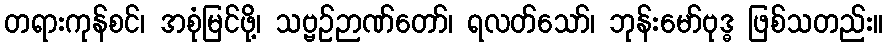
တရားကုန်စင်၊ အစုံမြင်ဖို့၊ သဗ္ဗဉ်ဉာဏ်တော်၊ ရလတ်သော်၊ ဘုန်းမော်ဗုဒ္ဓ ဖြစ်သတည်း။